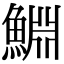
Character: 𬵞